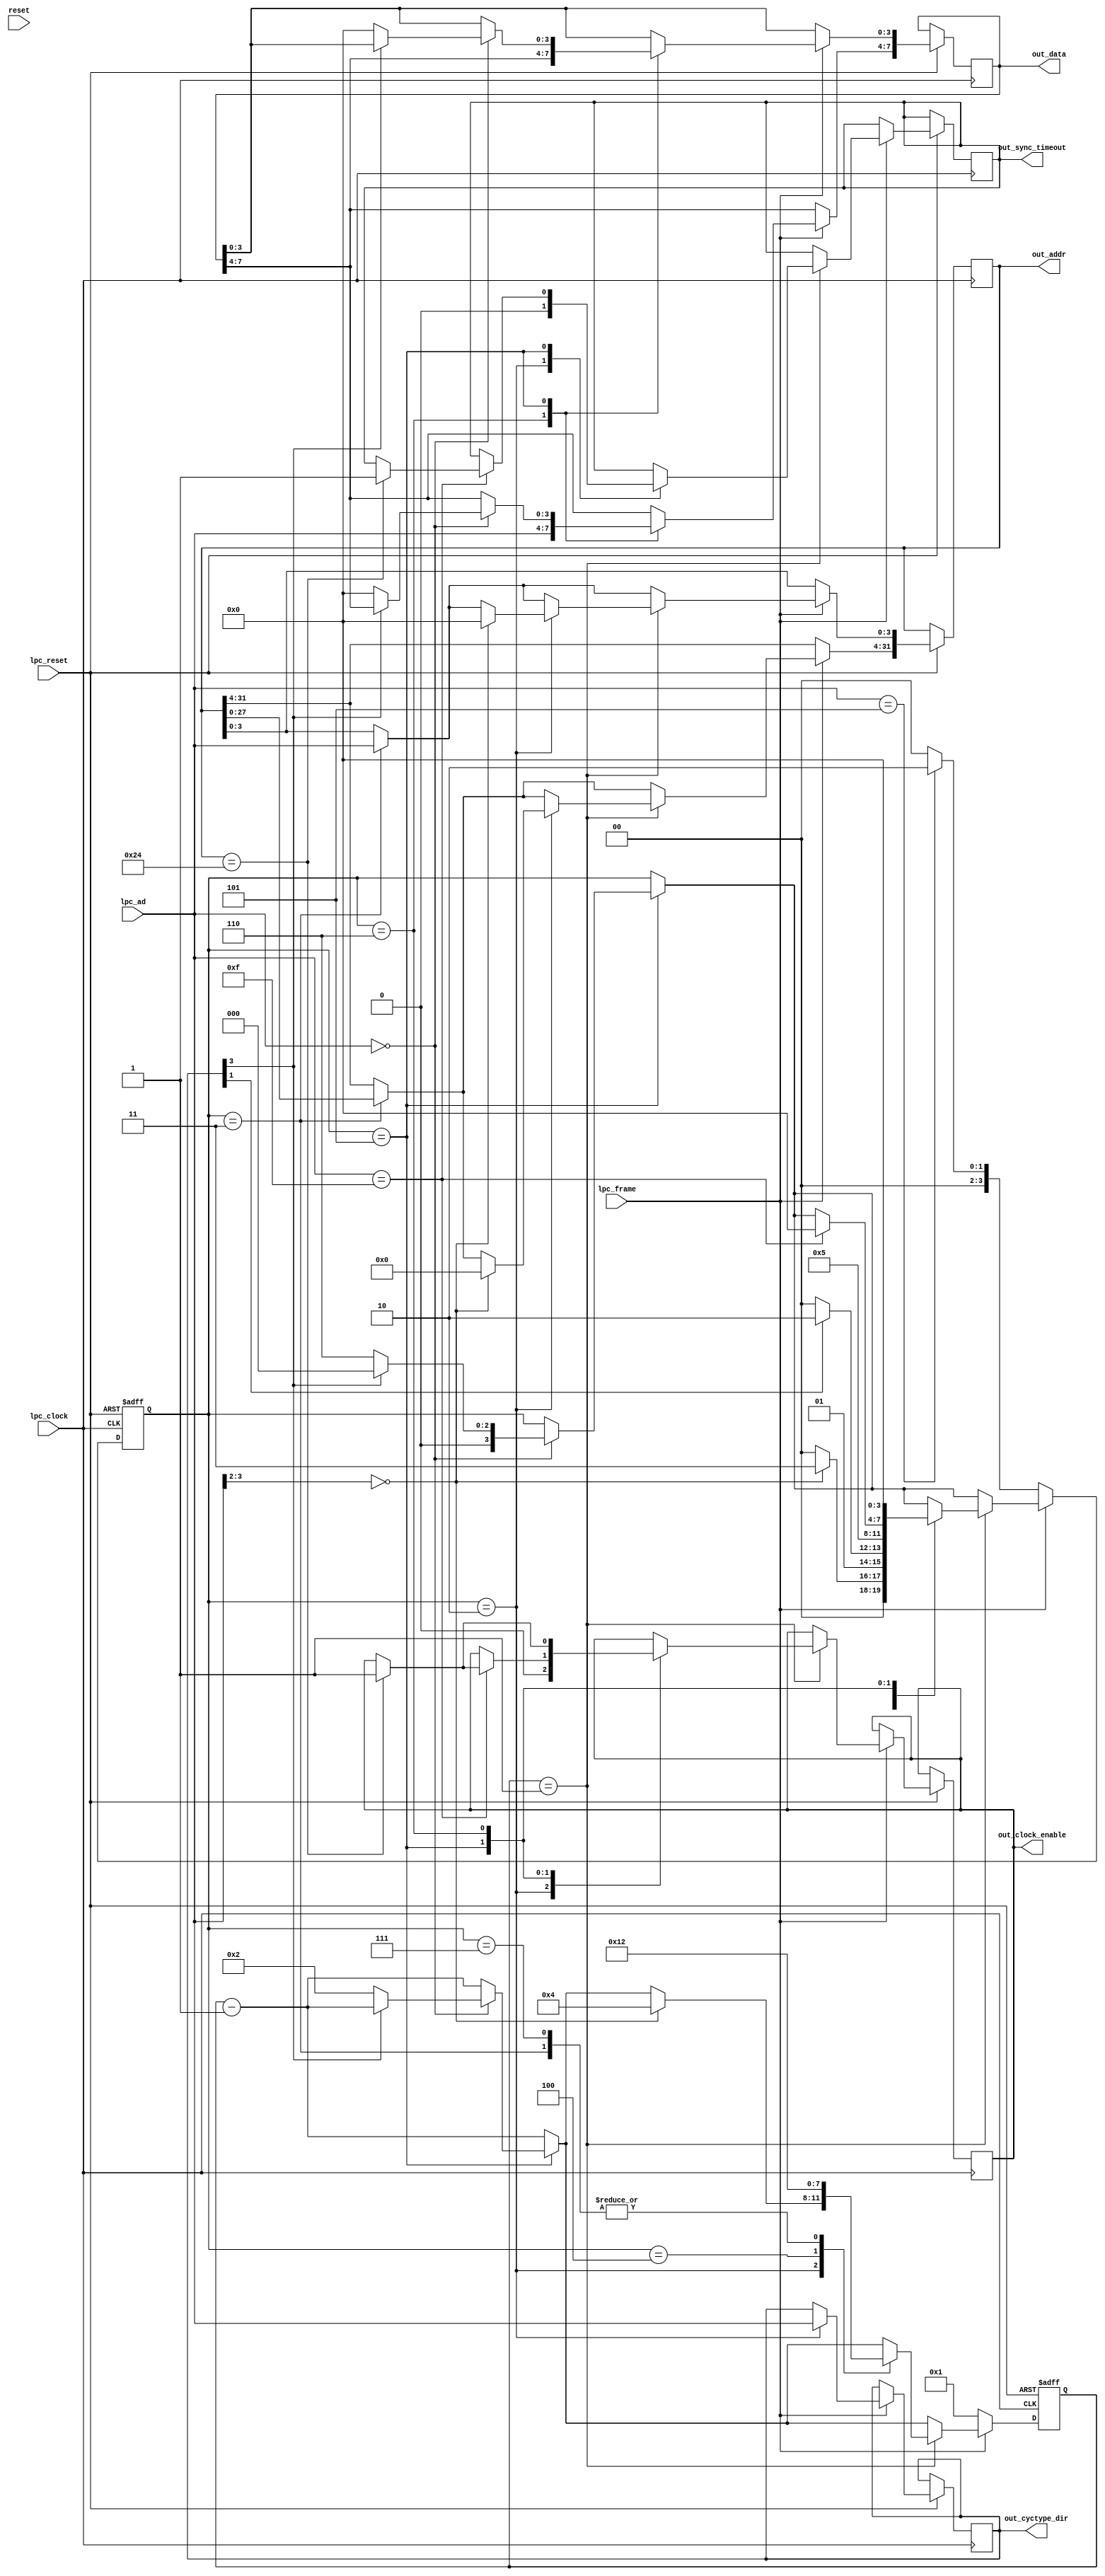
module lpc(
	input [3:0] lpc_ad,
	input lpc_clock,
	input lpc_frame,
	input lpc_reset,
	input reset,
	output [3:0] out_cyctype_dir,
	output [31:0] out_addr,
	output [7:0] out_data,
	output out_sync_timeout,
	output reg out_clock_enable);

	/* type and direction. same as in LPC Spec 1.1 */

	/* addr + data written or read */

	/* state machine */
	reg [3:0] state = 0;
	localparam idle = 0, start = 1, cycle_dir = 2, address = 3, tar = 4, sync = 5, read_data = 6, abort = 7;

	/* counter used by some states */
	reg [3:0] counter;

	/* mode + direction. same as in LPC Spec 1.1 */
	reg [3:0] cyctype_dir;

	reg [31:0] addr;
	reg [7:0] data;

	always @(posedge lpc_clock or negedge lpc_reset) begin
		if (~lpc_reset) begin
			state <= idle;
			counter <= 1;
		end
		else begin
			if (~lpc_frame) begin
				counter <= 1;

				if (lpc_ad == 4'b0101) /* start condition */
					state <= cycle_dir;
				else
					state <= idle; /* abort */
            end else begin
                counter <= counter - 1;

                case (state)
                cycle_dir:
                    cyctype_dir <= lpc_ad;

                address: begin
                    addr[31:4] <= addr[27:0];
                    addr[3:0] <= lpc_ad;
                end

                read_data: begin
                    data[7:4] <= lpc_ad;
                    data[3:0] <= data[7:4];
                end

		sync: begin
			if (lpc_ad == 4'b0000)
				if (cyctype_dir[3] == 0) begin /* i/o or memory */
					state <= read_data;
					data <= 0;
					counter <= 2;
				end else
					state <= idle; /* unsupported dma or reserved */
			end

                default:
                    begin end
                endcase
				if (counter == 1) begin
					case (state)
					idle: begin end

					cycle_dir: begin
						out_clock_enable <= 0;
						out_sync_timeout <= 0;

						if (lpc_ad[3:2] == 2'b00) begin /* i/o */
							state <= address;
							counter <= 4;
							addr <= 0;
						end
						else /* Don't care about anything other than I/O */
							state <= idle;
					end

					address: begin
						if (cyctype_dir[1]) /* write memory or i/o */
                                                        state <= read_data;
						else /* read memory or i/o */
							state <= tar;
                                                counter <= 2;
					end

					tar: begin
						state <= sync;
						counter <= 1;
					end

					sync: begin
						if (lpc_ad == 4'b1111) begin
                                                        if (addr == 32'h24) begin 
                                                            out_sync_timeout <= 1;
                                                            out_clock_enable <= 1;
                                                        end

							state <= idle;
						end
					end

					read_data: begin
                                                if (addr == 32'h24)
                                                    out_clock_enable <= 1;
						state <= idle;
					end

					/* todo: missing TAR after read_data */

					abort: counter <= 2;
					endcase
				end
			end
		end
	end

	assign out_cyctype_dir = cyctype_dir;
	assign out_data = data;
	assign out_addr = addr;
endmodule